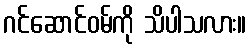
ဂင်ဆောင်ဝမ်ကို သိပါသလား။